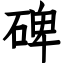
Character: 碑